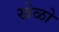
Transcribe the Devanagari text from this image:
खेळो